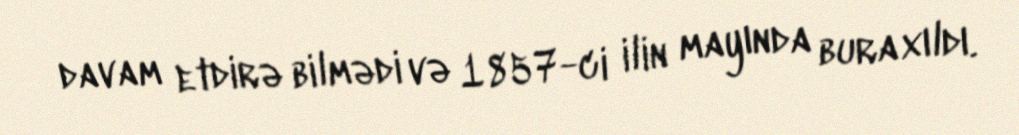
davam etdirə bilmədi və 1857-ci ilin mayında buraxıldı.